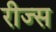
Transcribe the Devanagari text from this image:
रीज्स